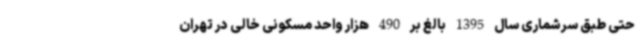
حتی طبق سرشماری سال 1395 بالغ بر 490 هزار واحد مسکونی خالی در تهران